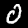
Label: 0